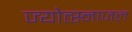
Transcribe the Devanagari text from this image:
ज्योत्स्नाजल